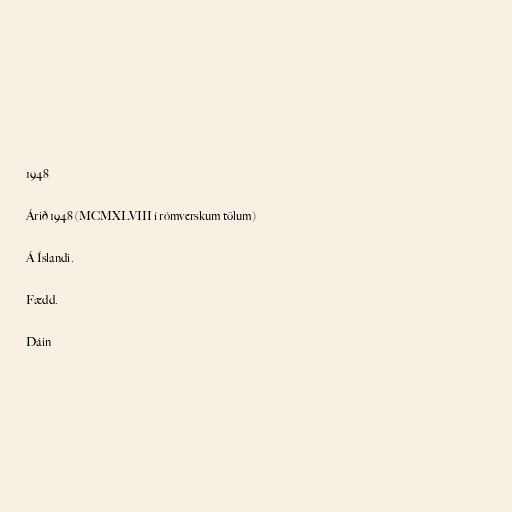
1948

Árið 1948 (MCMXLVIII í rómverskum tölum)

Á Íslandi.

Fædd.

Dáin